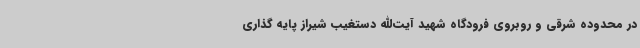
در محدوده شرقی و روبروی فرودگاه شهید آیت‌الله دستغیب شیراز پایه گذاری